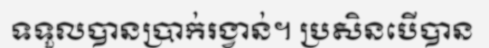
ទទួលបានប្រាក់រង្វាន់។ ប្រសិនបើបាន